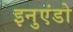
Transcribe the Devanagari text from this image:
इनुएंडो